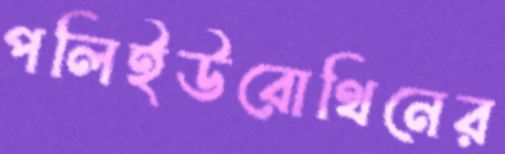
পলিইউরোথিনের